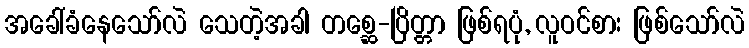
အခေါ်ခံနေသော်လဲ သေတဲ့အခါ တစ္ဆေ-ပြိတ္တာ ဖြစ်ရပုံ, လူဝင်စား ဖြစ်သော်လဲ